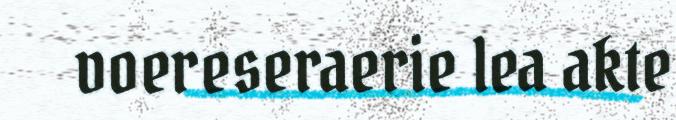
voereseraerie lea akte